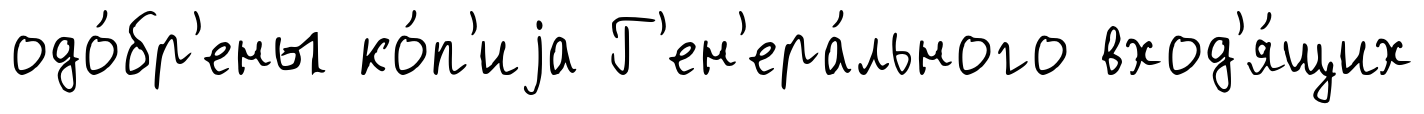
одо́бр'ены ко́п'иjа Г'ен'ера́льного вход'я́щих